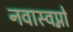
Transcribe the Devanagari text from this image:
नवास्वप्नो